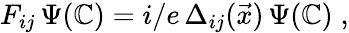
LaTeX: F_{ij}\, \Psi(\mathbb{C})=i/e\, \Delta_{ij}(\vec{{x}})\, \Psi(\mathbb{C})\; ,